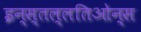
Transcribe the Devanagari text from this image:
इन्स्तल्लतिओन्स